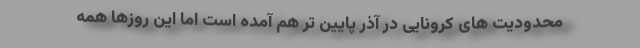
محدودیت های کرونایی در آذر پایین تر هم آمده است اما این روزها همه